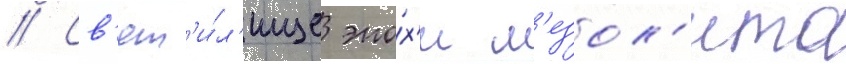
// Св'ят'и́л'ище эпо́х'и м'езол'ита